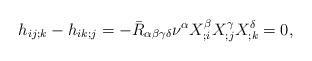
LaTeX: \begin{align*}h_{ij;k}-h_{ik;j}=-\bar R_{\alpha\beta\gamma\delta}\nu^\alpha X_{;i}^\beta X_{;j}^\gamma X_{;k}^\delta=0,\end{align*}